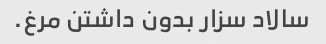
سالاد سزار بدون داشتن مرغ.